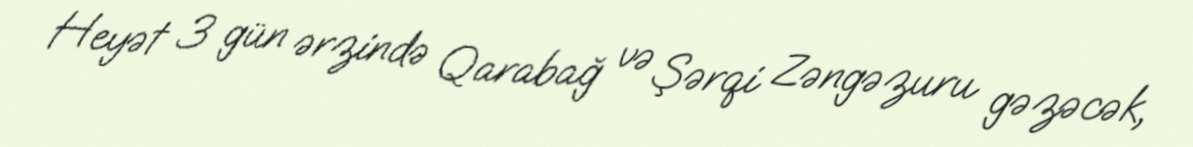
Heyət 3 gün ərzində Qarabağ və Şərqi Zəngəzuru gəzəcək,